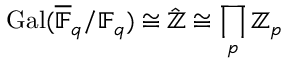
\operatorname { G a l } ( { \overline { { \mathbb { F } } } } _ { q } / \mathbb { F } _ { q } ) \cong { \hat { \mathbb { Z } } } \cong \prod _ { p } \mathbb { Z } _ { p }